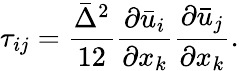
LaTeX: \tau_{ij}=\frac{\bar{\Delta}^{2}}{12}\frac{\partial\bar{u}_{i}}{\partial x_{k}}\frac{\partial\bar{u}_{j}}{\partial x_{k}}.